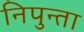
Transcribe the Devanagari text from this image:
निपुन्ता